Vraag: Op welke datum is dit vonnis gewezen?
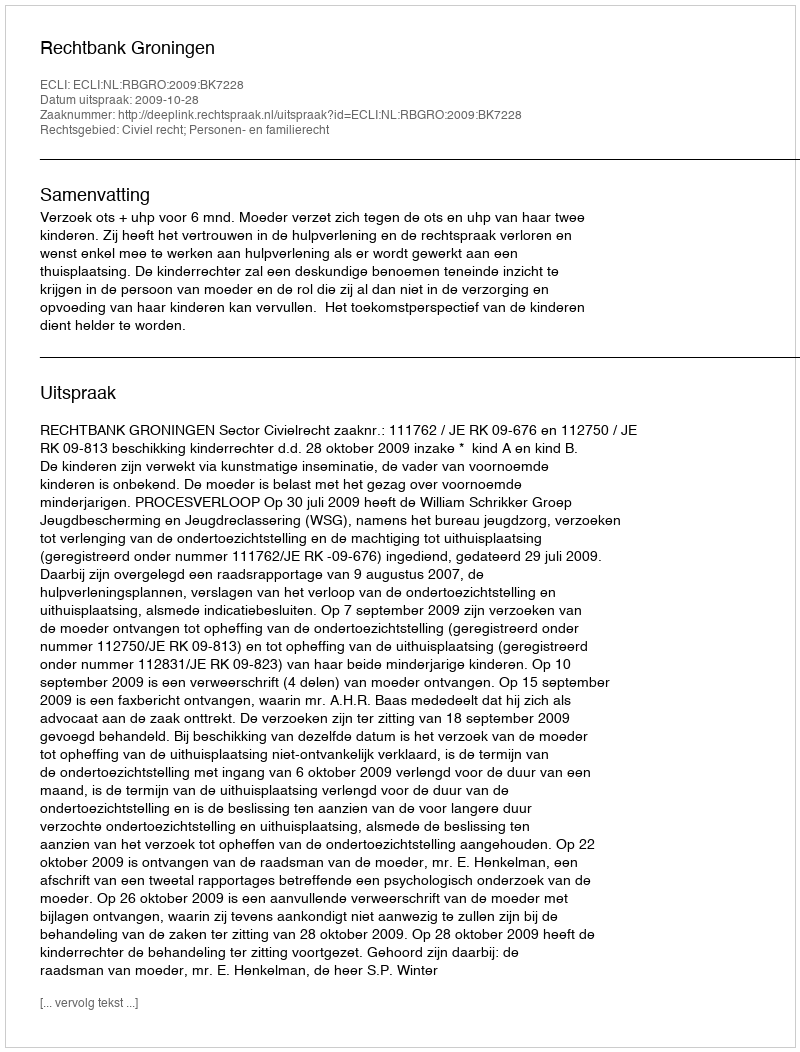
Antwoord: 2009-10-28